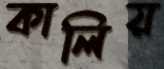
কালিয়